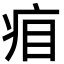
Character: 㾇